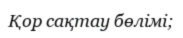
Қор сақтау бөлімі;